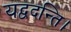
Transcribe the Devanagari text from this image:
यद्वदन्ति।